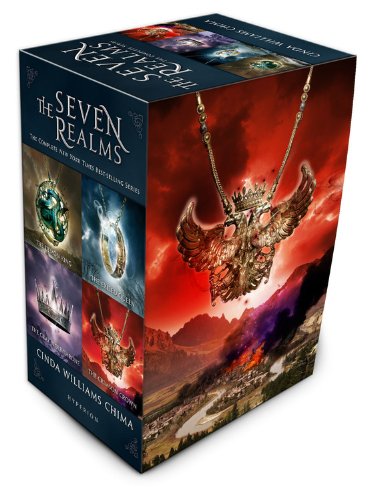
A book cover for The Seven Realms Box Set (A Seven Realms Novel); Cinda Williams Chima; Teen & Young Adult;